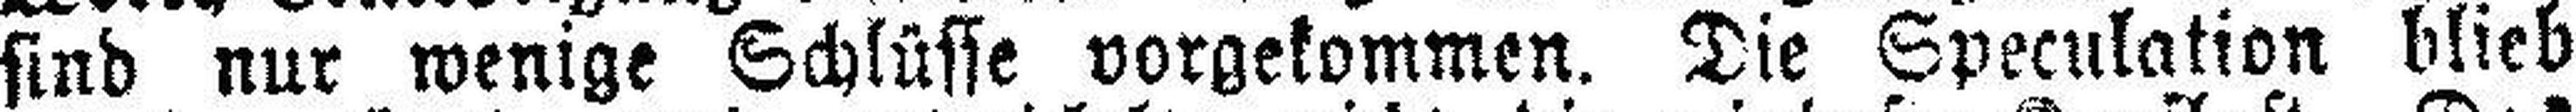
sind nur wenige Schlüsse vorgekommen. Die Speculation blieb